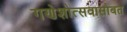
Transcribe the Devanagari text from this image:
गणेशोत्सवासोबत